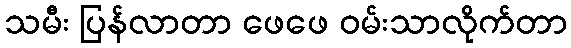
သမီး ပြန်လာတာ ဖေဖေ ဝမ်းသာလိုက်တာ